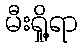
မီးရှို့ရာ